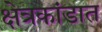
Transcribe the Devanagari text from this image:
क्षेत्रकांडात